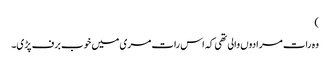
)
وہ رات مرادوں والی تھی کہ اس رات مری میں خوب برف پڑی۔